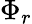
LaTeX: \Phi_{r}